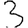
Digit: 3